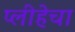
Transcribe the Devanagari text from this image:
प्लीहेचा